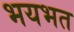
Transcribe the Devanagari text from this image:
भयभत